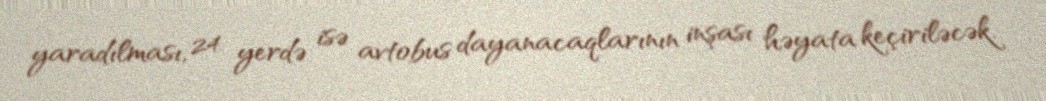
yaradılması, 24 yerdə isə avtobus dayanacaqlarının inşası həyata keçiriləcək.